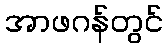
အာဖဂန်တွင်